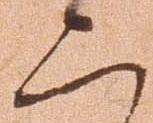
二